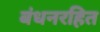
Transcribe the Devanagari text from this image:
बंधनरहित